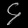
Digit: ၄